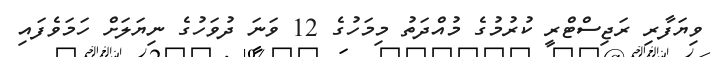
ވިޔަފާރި ރަޖިސްޓްރީ ކުރުމުގެ މުއްދަތު މިމަހުގެ 12 ވަނަ ދުވަހުގެ ނިޔަލަށް ހަމަވެފައި